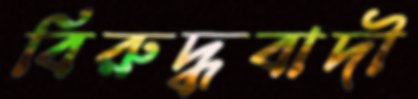
বিরুদ্ধবাদী